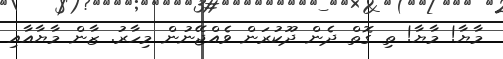
މާޔާ! މާޔާ! ތި ގޮތް ދެން ދޫކުރަން ވެއްޖޭނުން މިހާރު. ޒާން މާޔާއާއި